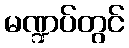
မဏ္ဍပ်တွင်